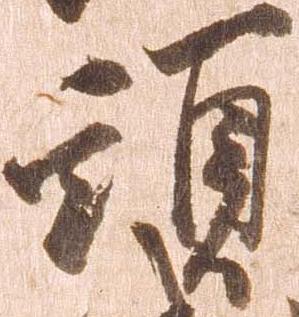
頭